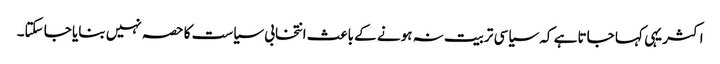
اکثر یہی کہا جاتا ہے کہ سیاسی تربیت نہ ہونے کے باعث انتخابی سیاست کا حصہ نہیں بنایا جا سکتا۔